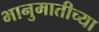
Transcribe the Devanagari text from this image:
भानुमातीच्या